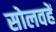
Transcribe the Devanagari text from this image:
सोलवहें